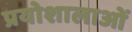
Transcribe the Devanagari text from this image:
प्रयोशालाओं